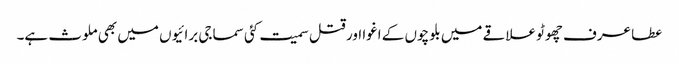
عطا عرف چھوٹو علاقے میں بلوچوں کے اغوا اور قتل سمیت کئی سماجی برائیوں میں بھی ملوث ہے۔